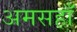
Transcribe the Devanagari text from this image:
अमसहाँ